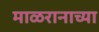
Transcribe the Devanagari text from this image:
माळरानाच्या